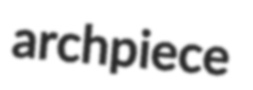
archpiece